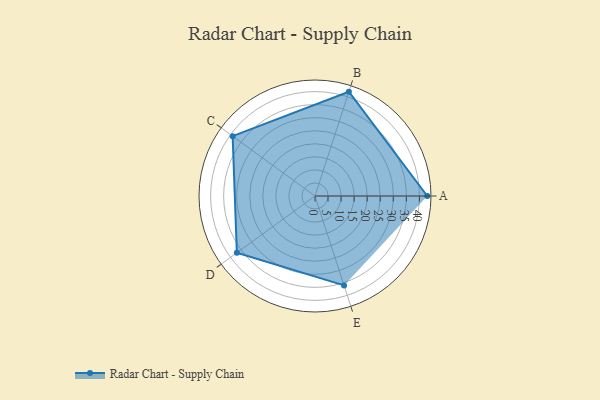
{"axis": {"x": "Skill", "y": "Score"}, "legend": ["Profile"], "data": [{"x": "A", "y": 43.0, "type": "Profile"}, {"x": "B", "y": 42.0, "type": "Profile"}, {"x": "C", "y": 39.0, "type": "Profile"}, {"x": "D", "y": 37.0, "type": "Profile"}, {"x": "E", "y": 36.0, "type": "Profile"}]}